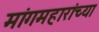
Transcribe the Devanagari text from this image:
मांगमहारांच्या